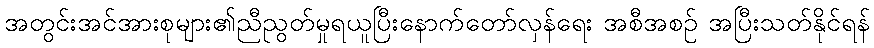
အတွင်းအင်အားစုများ၏ညီညွတ်မှုရယူပြီးနောက်တော်လှန်ရေး အစီအစဉ် အပြီးသတ်နိုင်ရန်